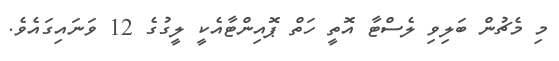
މި މެޗުން ބަލިވި ލެސްޓާ އޮތީ ހަތް ޕޮއިންޓާއެކީ ލީގުގެ 12 ވަނައިގައެވެ.